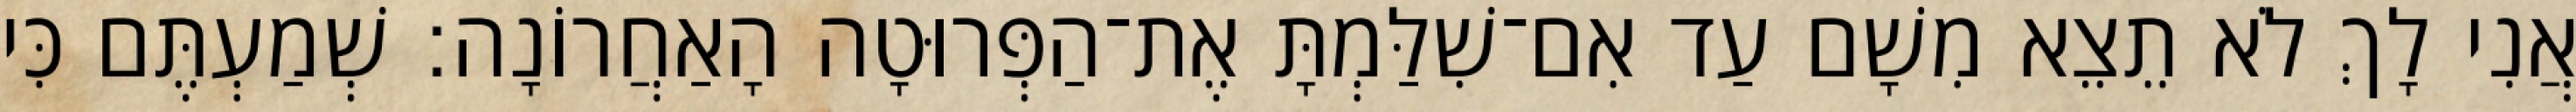
אֲנִי לָךְ לֹא תֵצֵא מִשָׁם עַד אִם־שִׁלַּמְתָּ אֶת־הַפְּרוּטָה הָאַחֲרוֹנָה׃ שְׁמַעְתֶּם כִּי